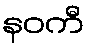
နဝကီ